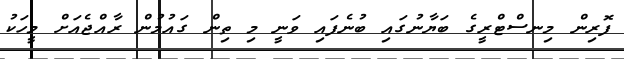
ފޮރިން މިނސްޓްރީގެ ބަޔާނުގައި ބުނެފައި ވަނީ މި ތިން ގައުމުން ރާއްޖެއަށް މީހަކު